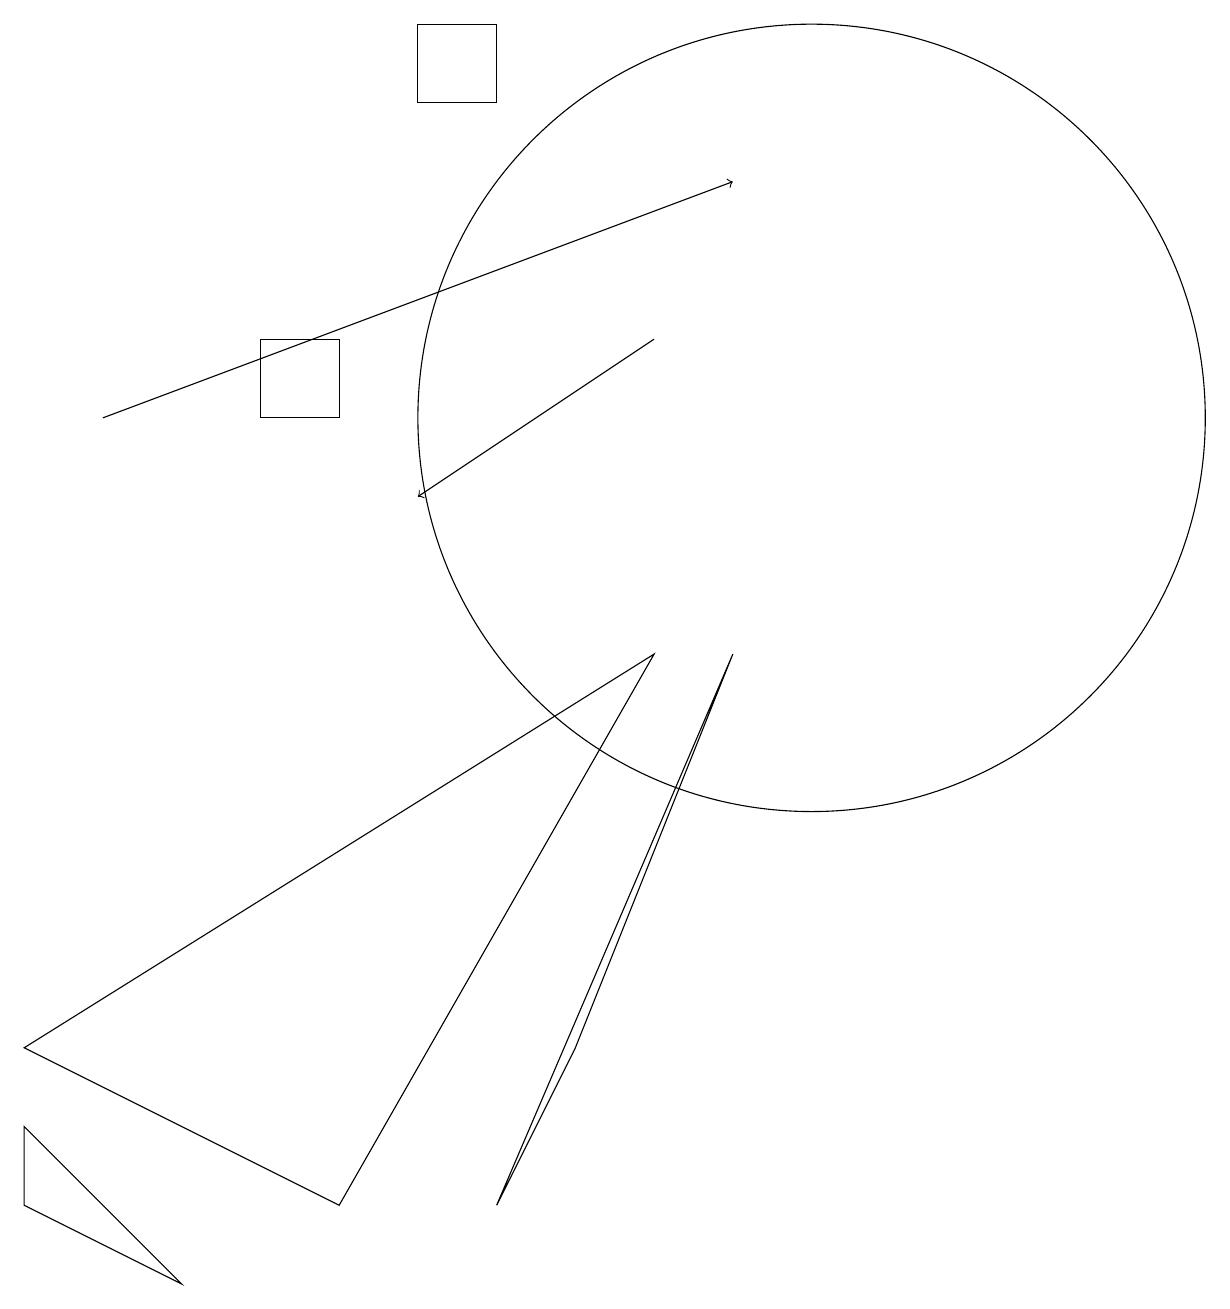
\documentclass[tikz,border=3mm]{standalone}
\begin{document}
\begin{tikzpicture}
\draw[->] (1,11) -- (9,14);
\draw[->] (8,12) -- (5,10);
\draw (0,3) -- (4,1) -- (8,8) -- cycle;
\draw (6,1) -- (7,3) -- (9,8) -- cycle;
\draw (10,11) circle (5);
\draw (0,2) -- (0,1) -- (2,0) -- cycle;
\draw (6,16) rectangle (5,15);
\draw (3,12) rectangle (4,11);
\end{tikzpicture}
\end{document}